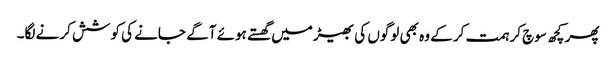
پھر کچھ سوچ کر ہمت کر کے وہ بھی لوگوں کی بھیڑ میں گھستے ہوئے آگے جانے کی کوشش کرنے لگا۔